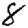
Digit: 8